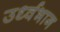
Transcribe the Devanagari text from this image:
उर्ध्वभाग